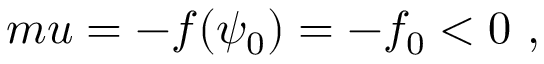
\begin{array} { r l r } { m u = - f ( \psi _ { 0 } ) = - f _ { 0 } < 0 ~ , } \end{array}